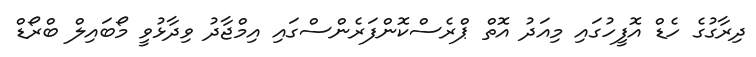
ދިރާގުގެ ހެޑް އޮފީހުގައި މިއަދު އޮތް ޕްރެސްކޮންފަރެންސްގައި އިމްޖާދު ވިދާޅުވީ މޯބައިލް ބްރޯޑް